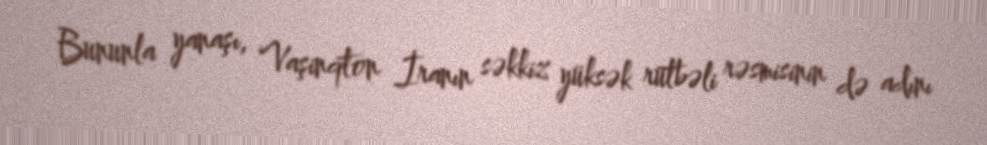
Bununla yanaşı, Vaşinqton İranın səkkiz yüksək rütbəli rəsmisinin də adını